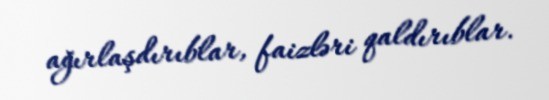
ağırlaşdırıblar, faizləri qaldırıblar.